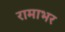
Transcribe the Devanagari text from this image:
रामाभर